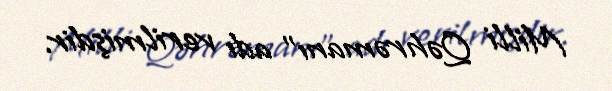
Milli Qəhrəmanı" adı verilmişdir.